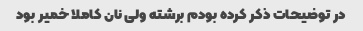
در توضیحات ذکر کرده بودم برشته ولی نان کاملا خمیر بود